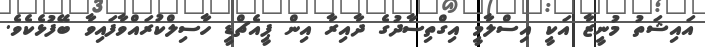
އައިޝަތު މުނީޒާ އަކީ އިސްލާމީ އިގްތިސާދުގެ ދާއިރާ އިން ޕީއެޗްޑީ ހާސިލްކުރައްވާފައިވާ ބޭފުޅެކެވެ.